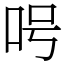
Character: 呺